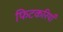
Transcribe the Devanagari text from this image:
फिटकरियाँ